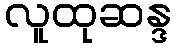
လူထုဆန္ဒ